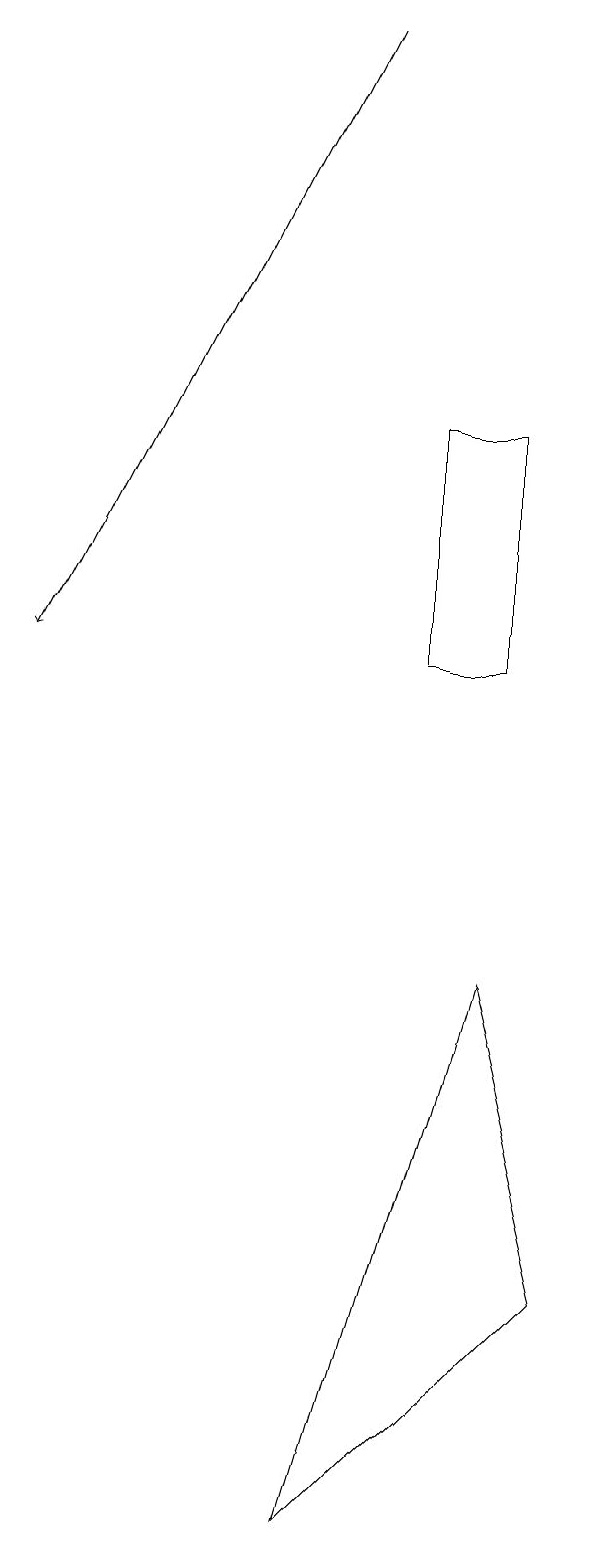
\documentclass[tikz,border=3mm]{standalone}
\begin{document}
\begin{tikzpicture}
\draw (6,11) rectangle (5,14);
\draw (4,0) -- (7,3) -- (6,7) -- cycle;
\draw[->] (4,19) -- (0,11);
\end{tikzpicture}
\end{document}